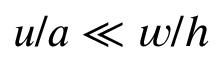
u / a \ll w / h